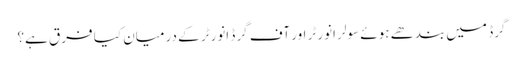
گرڈ میں بندھے ہوئے سولر انورٹر اور آف گرڈ انورٹر کے درمیان کیا فرق ہے؟